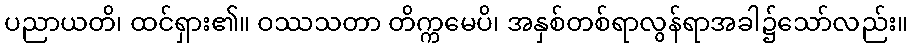
ပညာယတိ၊ ထင်ရှား၏။ ဝဿသတာ တိက္ကမေပိ၊ အနှစ်တစ်ရာလွန်ရာအခါ၌သော်လည်း။